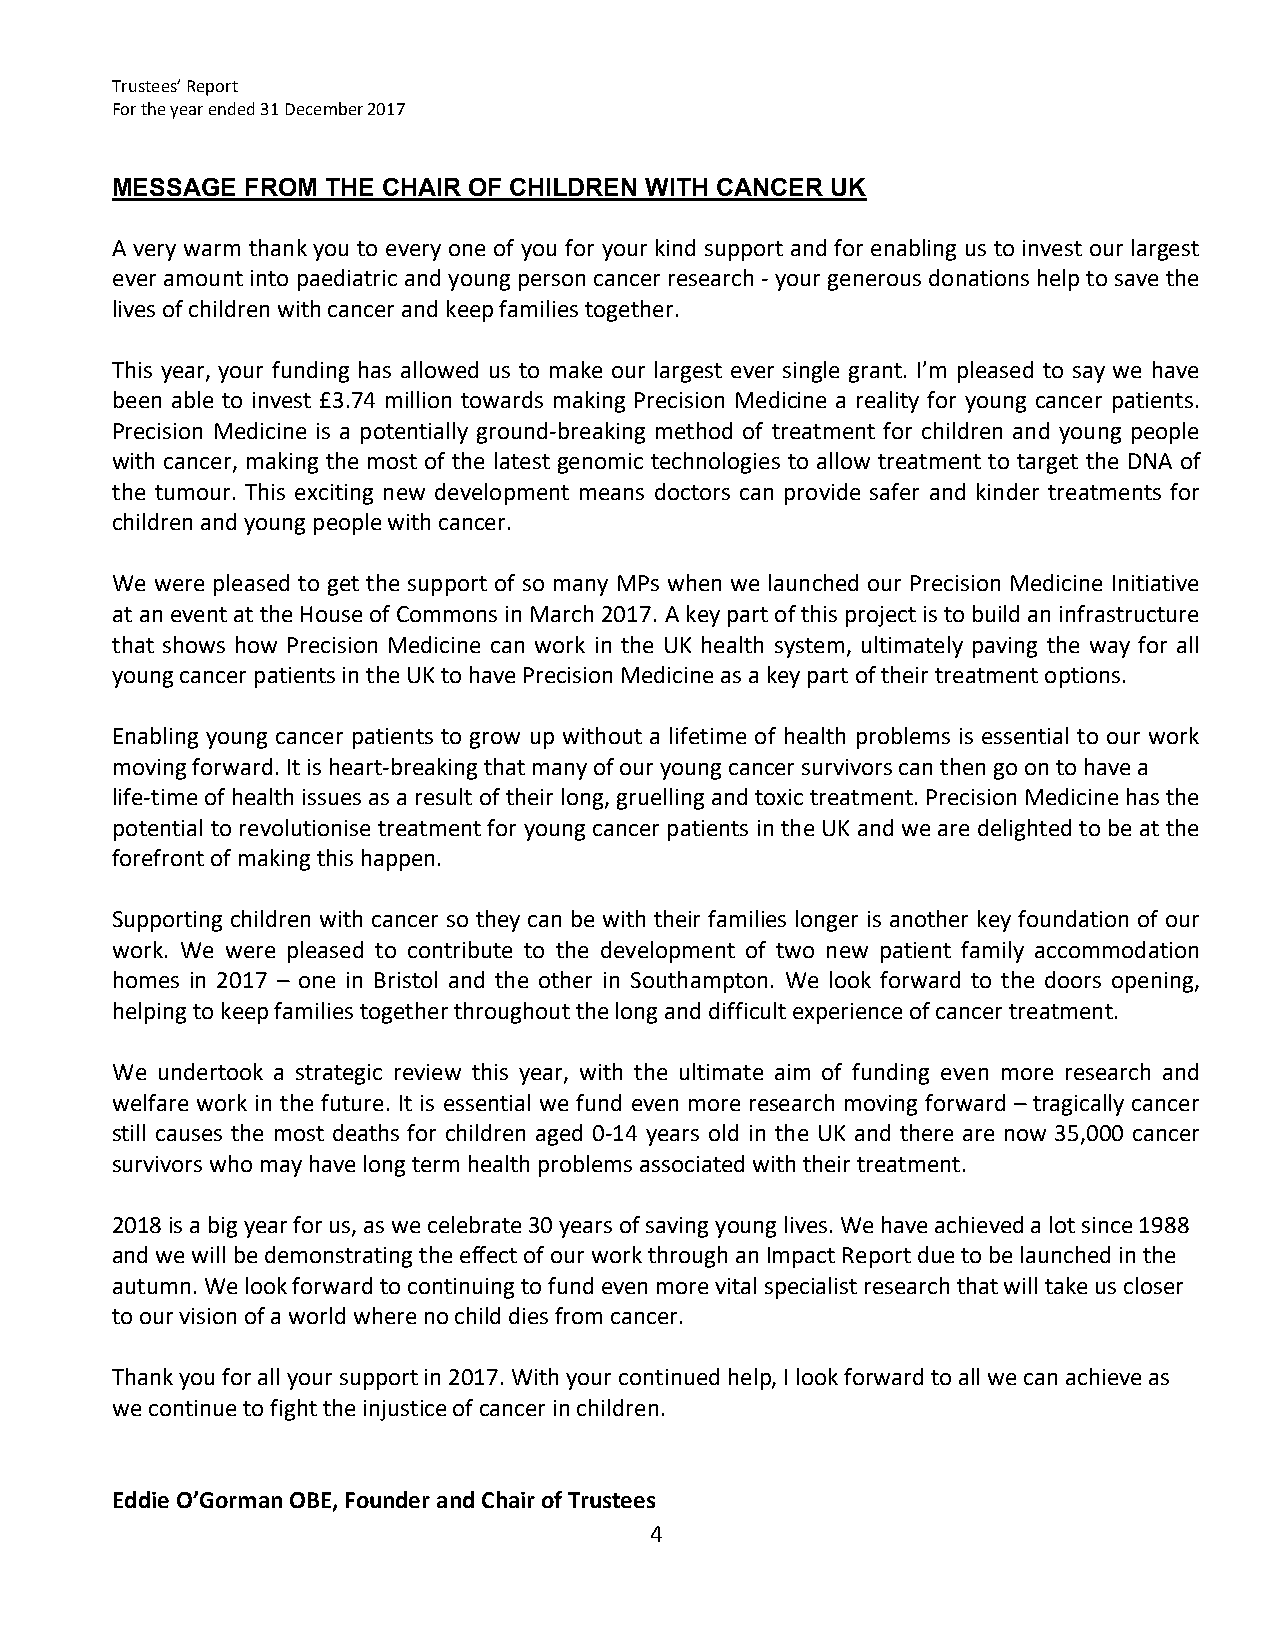
Trustees’ Report
 For the year ended 31 December 2017
 MESSAGE  FROM  THE CHAIR OF CHILDREN WITH CANCER UK
 A very warm thank you to every one of you for your kind support and for enabling us to invest our largest
 ever amount into paediatric and young person cancer research ‐ your generous donations help to save the
 lives of children with cancer and keep families together.
 This year, your funding has allowed us to make our largest ever single grant. I’m pleased to say we have
 been able to invest £3.74 million towards making Precision Medicine a reality for young cancer patients.
 Precision Medicine is a potentially ground‐breaking method of treatment for children and young people
 with cancer, making the most of the latest genomic technologies to allow treatment to target the DNA of
 the tumour. This exciting new development means doctors can provide safer and kinder treatments for
 children and young people with cancer.
 We were pleased to get the support of so many MPs when we launched our Precision Medicine Initiative
 at an event at the House of Commons in March 2017. A key part of this project is to build an infrastructure
 that shows how Precision Medicine can work in the UK health system, ultimately paving the way for all
 young cancer patients in the UK to have Precision Medicine as a key part of their treatment options.
 Enabling young cancer patients to grow up without a lifetime of health problems is essential to our work
 moving forward. It is heart‐breaking that many of our young cancer survivors can then go on to have a
 life‐time of health issues as a result of their long, gruelling and toxic treatment. Precision Medicine has the
 potential to revolutionise treatment for young cancer patients in the UK and we are delighted to be at the
 forefront of making this happen.
 Supporting children with cancer so they can be with their families longer is another key foundation of our
 work. We were pleased to contribute to the development of two new patient family accommodation
 homes in 2017 – one in Bristol and the other in Southampton. We look forward to the doors opening,
 helping to keep families together throughout the long and difficult experience of cancer treatment.
 We undertook a strategic review this year, with the ultimate aim of funding even more research and
 welfare work in the future. It is essential we fund even more research moving forward – tragically cancer
 still causes the most deaths for children aged 0‐14 years old in the UK and there are now 35,000 cancer
 survivors who may have long term health problems associated with their treatment.
 2018 is a big year for us, as we celebrate 30 years of saving young lives. We have achieved a lot since 1988
 and we will be demonstrating the effect of our work through an Impact Report due to be launched in the
 autumn. We look forward to continuing to fund even more vital specialist research that will take us closer
 to our vision of a world where no child dies from cancer.
 Thank you for all your support in 2017. With your continued help, I look forward to all we can achieve as
 we continue to fight the injustice of cancer in children.
 Eddie O’Gorman OBE, Founder and Chair of Trustees
 4